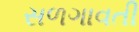
સળગાવતી